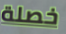
خصلة